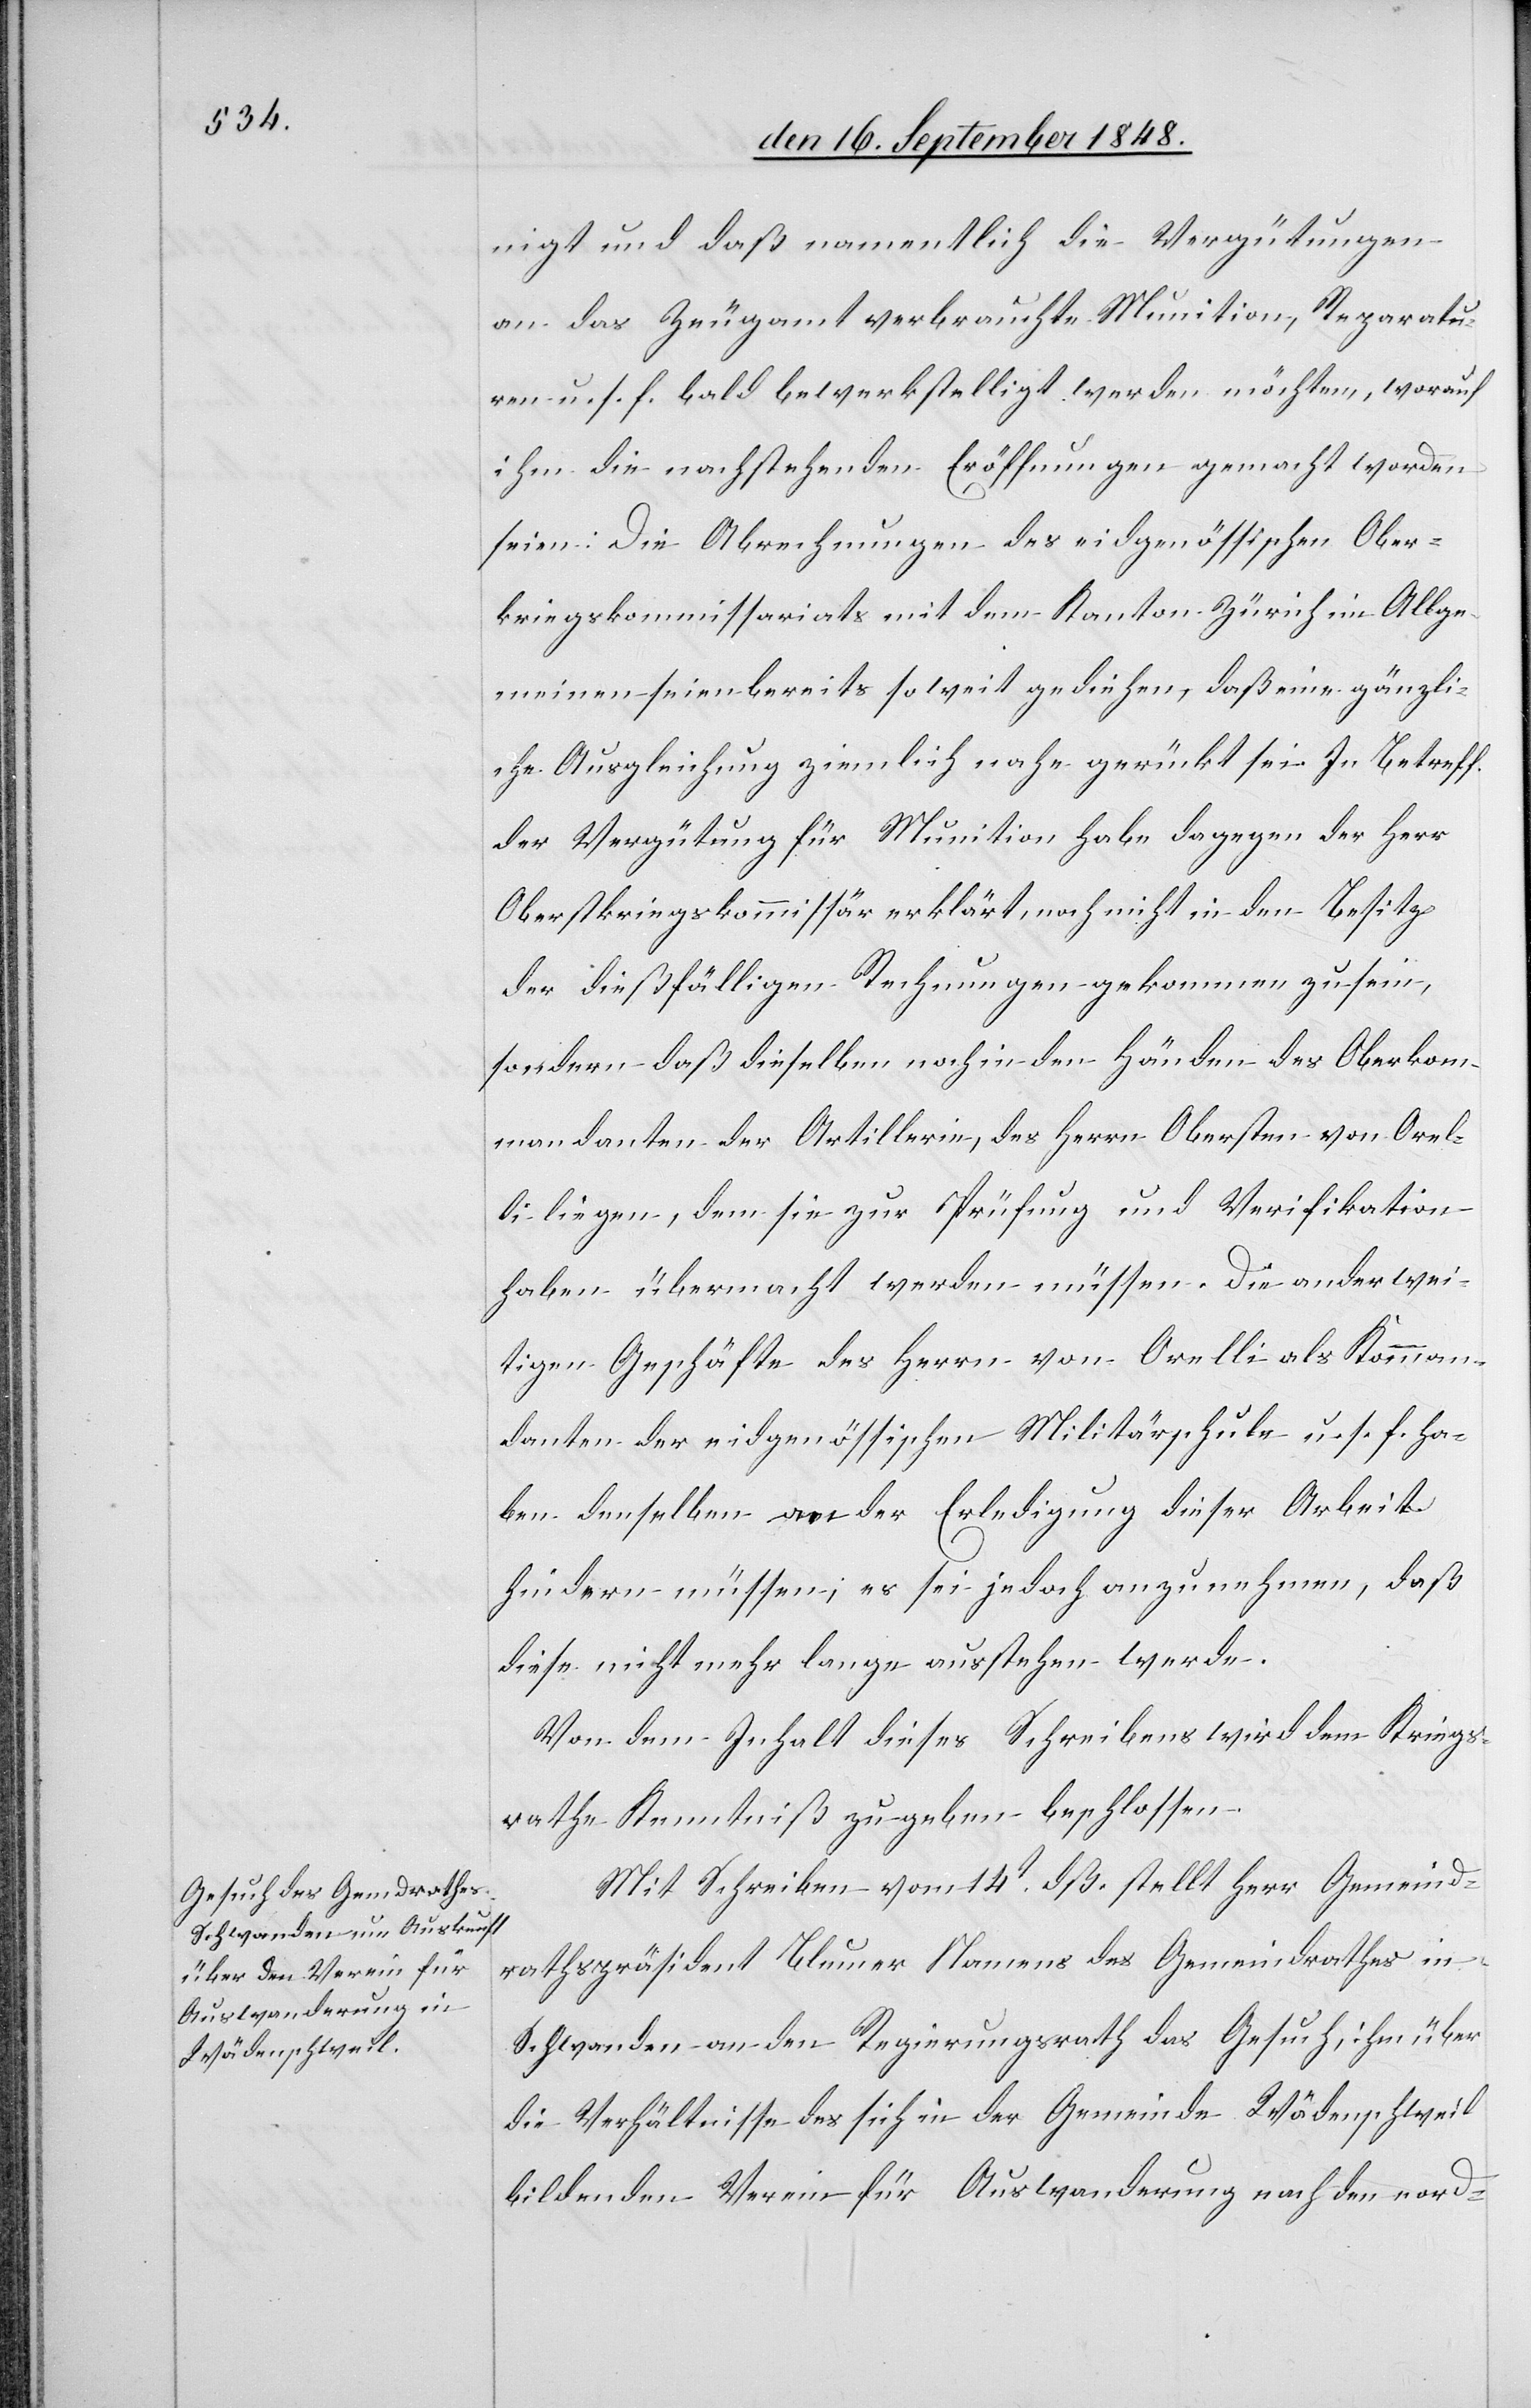
nigt und daß namentlich die Vergütungen
an das Zeugamt verbrauchte Munition, Reparatu¬
ren u. s. f. bald bewerkstelligt werden möchten, worauf
ihm die nachstehenden Eröffnungen gemacht worden
seien. Die Abrechnungen des eidgenössischen Ober¬
kriegskommissariats mit dem Kanton Zürich im Allge¬
meinen seien bereits so weit gediehen, daß eine gänzli¬
che Ausgleichung ziemlich nahe gerückt sei. In Betreff
der Vergütung für Munition habe dagegen der Herr
Oberkriegskommissär erklärt, noch nicht in den Besitz
der dießfälligen Rechnungen gekommen zu sein,
sondern daß dieselben noch in den Hände des Oberkom¬
mandanten der Artillerie, des Herrn Obersten von Orel¬
li liegen, dem sie zur Prüfung und Verifikation
haben übermacht werden müssen. Die anderwei¬
tigen Geschäfte des Herrn von Orelli als Komman¬
danten der eidgenössischen Militärschule u. s. f. ha¬
ben demselben an der Erledigung dieser Arbeit
hindern müssen, es sei jedoch anzunehmen, daß
diese nicht mehr lange ausstehen werde.
Von dem Inhalt dieses Schreibens wird dem Kriegs¬
rathe Kenntniß zu geben beschlossen.
Mit Schreiben vom 14t dß. stellt Herr Gemeind¬
rathspräsident Blumer Namens des Gemeindrathes in
Schwanden an den Regierungsrath das Gesuch, ihm über
die Verhältnisse des sich in der Gemeinde Wädenschweil
bildenden Verein für Auswanderung nach den nord-